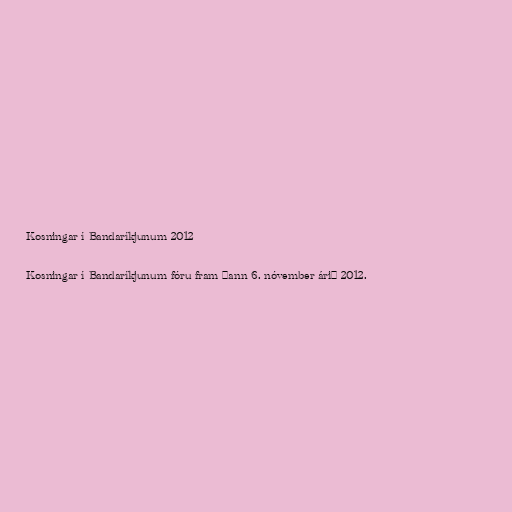
Kosningar í Bandaríkjunum 2012

Kosningar í Bandaríkjunum fóru fram þann 6. nóvember árið 2012.